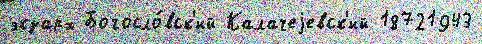
экзарх Богосло́вск'ий Калачеjевск'ий 18721943